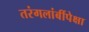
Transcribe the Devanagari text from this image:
तरंगलांबींपेक्षा